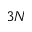
3 N